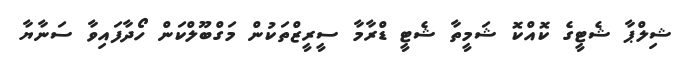
ޝިލްޕާ ޝެޓީގެ ކޮއްކޮ ޝަމީތާ ޝެޓީ ޑްރާމާ ސީރީޒްތަކުން މަގްބޫލްކަން ހޯދާފައިވާ ސަނާޔާ